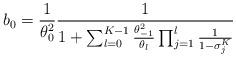
LaTeX: \begin{align*}b_0 = \frac{1}{\theta_0^2} \frac{1}{1 + \sum_{l=0}^{K-1} \frac{\theta_{-1}^2}{\theta_{l}}\prod_{j=1}^{l} \frac{1}{1-\sigma^K_{j}}}\end{align*}